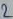
Text: 2